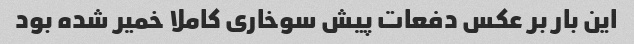
این بار بر عکس دفعات پیش سوخاری کاملا خمیر شده بود